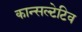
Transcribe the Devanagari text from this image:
कान्सल्टेटिव